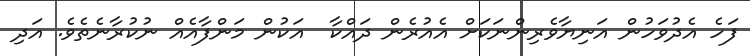
ފަހެ އެދުވަހުން އަނިޔާވެރިންނަކަށް އެއުރެން ދައްކާ  އަކުން މަންފާއެއް ނުކުރާނެތެވެ. އަދި